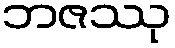
ဘဇဿု